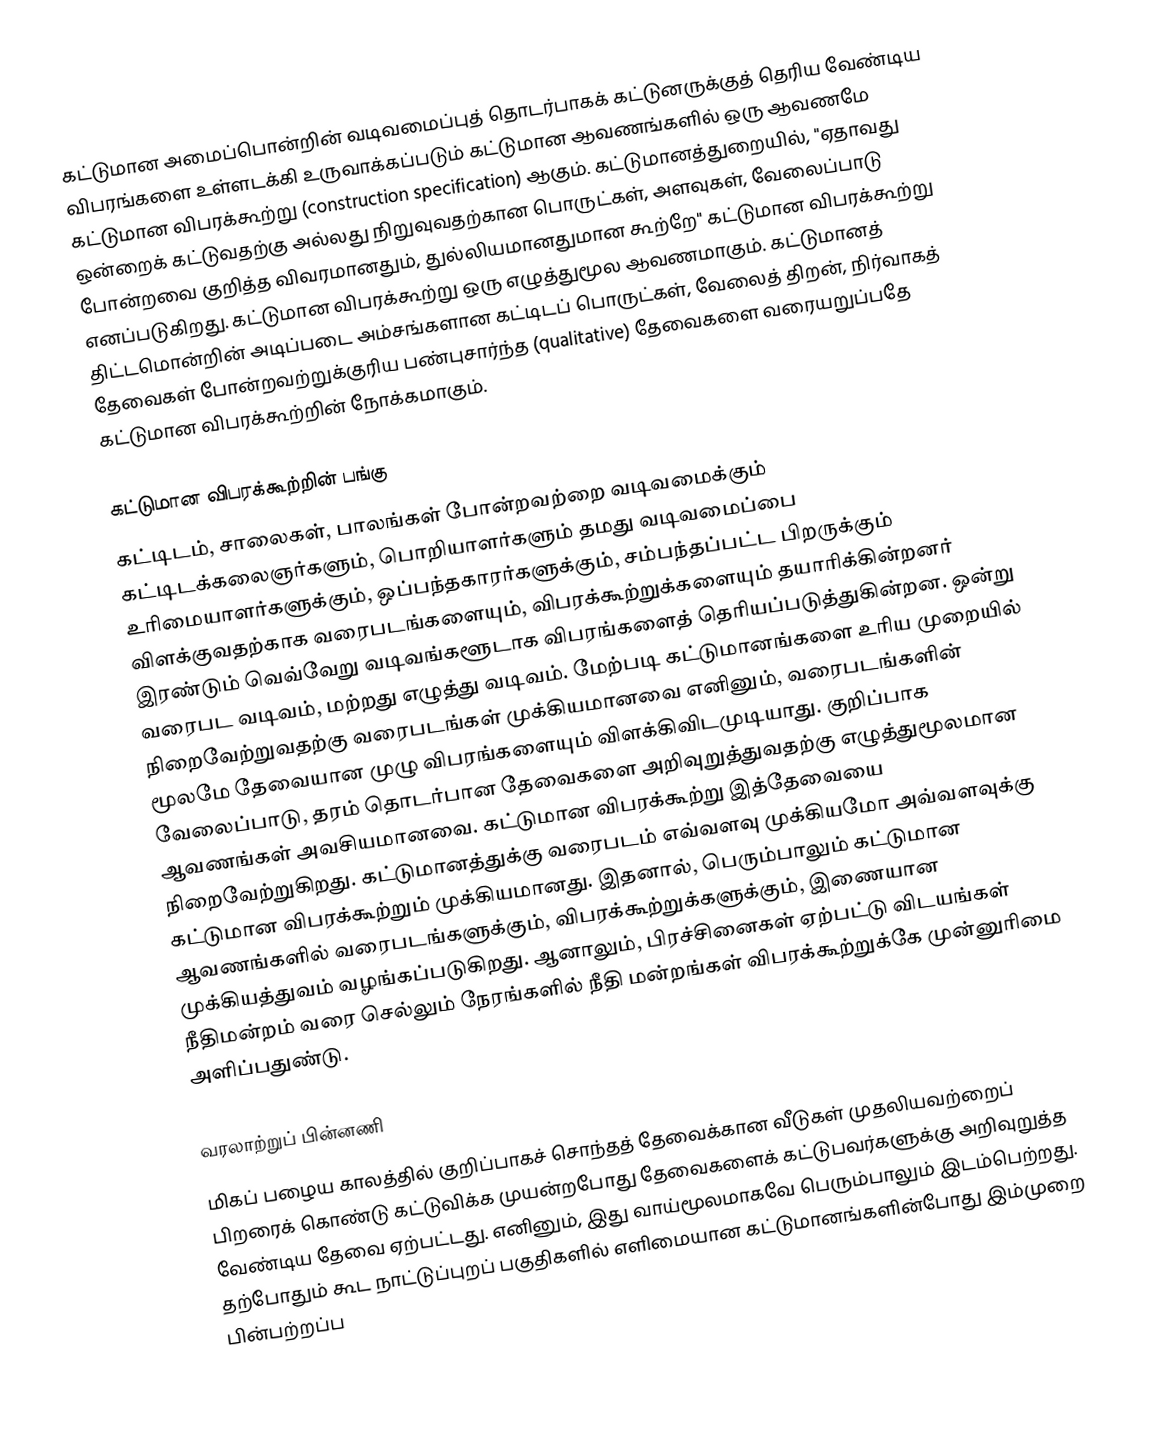
கட்டுமான அமைப்பொன்றின் வடிவமைப்புத் தொடர்பாகக் கட்டுனருக்குத் தெரிய வேண்டிய விபரங்களை உள்ளடக்கி உருவாக்கப்படும் கட்டுமான ஆவணங்களில் ஒரு ஆவணமே கட்டுமான விபரக்கூற்று (construction specification) ஆகும். கட்டுமானத்துறையில், "ஏதாவது ஒன்றைக் கட்டுவதற்கு அல்லது நிறுவுவதற்கான பொருட்கள், அளவுகள், வேலைப்பாடு போன்றவை குறித்த விவரமானதும், துல்லியமானதுமான கூற்றே" கட்டுமான விபரக்கூற்று எனப்படுகிறது. கட்டுமான விபரக்கூற்று ஒரு எழுத்துமூல ஆவணமாகும். கட்டுமானத் திட்டமொன்றின் அடிப்படை அம்சங்களான கட்டிடப் பொருட்கள், வேலைத் திறன், நிர்வாகத் தேவைகள் போன்றவற்றுக்குரிய பண்புசார்ந்த (qualitative) தேவைகளை வரையறுப்பதே கட்டுமான விபரக்கூற்றின் நோக்கமாகும்.

கட்டுமான விபரக்கூற்றின் பங்கு
கட்டிடம், சாலைகள், பாலங்கள் போன்றவற்றை வடிவமைக்கும் கட்டிடக்கலைஞர்களும், பொறியாளர்களும் தமது வடிவமைப்பை உரிமையாளர்களுக்கும், ஒப்பந்தகாரர்களுக்கும், சம்பந்தப்பட்ட பிறருக்கும் விளக்குவதற்காக வரைபடங்களையும், விபரக்கூற்றுக்களையும்  தயாரிக்கின்றனர் இரண்டும் வெவ்வேறு  வடிவங்களூடாக விபரங்களைத் தெரியப்படுத்துகின்றன. ஒன்று வரைபட வடிவம், மற்றது எழுத்து வடிவம்.  மேற்படி கட்டுமானங்களை உரிய முறையில் நிறைவேற்றுவதற்கு வரைபடங்கள் முக்கியமானவை எனினும், வரைபடங்களின் மூலமே தேவையான முழு விபரங்களையும் விளக்கிவிடமுடியாது. குறிப்பாக வேலைப்பாடு, தரம் தொடர்பான தேவைகளை அறிவுறுத்துவதற்கு எழுத்துமூலமான ஆவணங்கள் அவசியமானவை. கட்டுமான விபரக்கூற்று இத்தேவையை நிறைவேற்றுகிறது. கட்டுமானத்துக்கு  வரைபடம் எவ்வளவு முக்கியமோ அவ்வளவுக்கு கட்டுமான விபரக்கூற்றும் முக்கியமானது. இதனால், பெரும்பாலும் கட்டுமான ஆவணங்களில் வரைபடங்களுக்கும், விபரக்கூற்றுக்களுக்கும், இணையான முக்கியத்துவம் வழங்கப்படுகிறது. ஆனாலும், பிரச்சினைகள் ஏற்பட்டு விடயங்கள் நீதிமன்றம் வரை செல்லும் நேரங்களில் நீதி மன்றங்கள் விபரக்கூற்றுக்கே முன்னுரிமை அளிப்பதுண்டு.

வரலாற்றுப் பின்னணி
மிகப் பழைய காலத்தில் குறிப்பாகச் சொந்தத் தேவைக்கான வீடுகள் முதலியவற்றைப் பிறரைக் கொண்டு கட்டுவிக்க முயன்றபோது தேவைகளைக் கட்டுபவர்களுக்கு அறிவுறுத்த வேண்டிய தேவை ஏற்பட்டது. எனினும், இது வாய்மூலமாகவே பெரும்பாலும் இடம்பெற்றது. தற்போதும் கூட நாட்டுப்புறப் பகுதிகளில் எளிமையான கட்டுமானங்களின்போது இம்முறை பின்பற்றப்ப